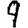
Digit: 9